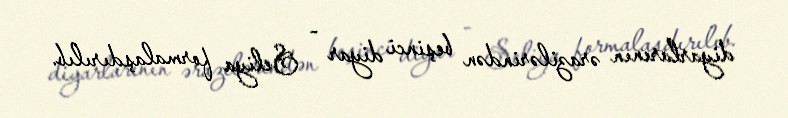
diyarlarının ərazilərindən beşinci diyar - Seliya formalaşdırılıb.